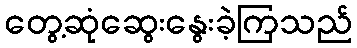
တွေ့ဆုံဆွေးနွေးခဲ့ကြသည်